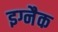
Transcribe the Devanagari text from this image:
इग्नैक